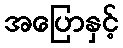
အပြောနှင့်